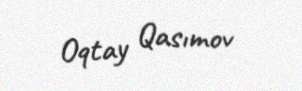
Oqtay Qasımov